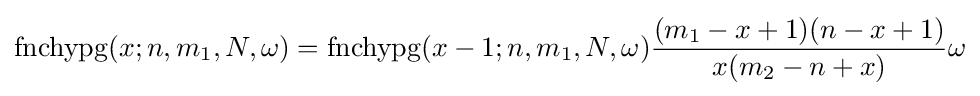
\operatorname {fnchypg} (x;n,m_{1},N,\omega )=\operatorname {fnchypg} (x-1;n,m_{1},N,\omega ){\frac {(m_{1}-x+1)(n-x+1)}{x(m_{2}-n+x)}}\omega